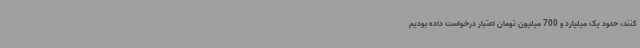
کنند، حدود یک میلیارد و 700 میلیون تومان اعتبار درخواست داده بودیم